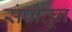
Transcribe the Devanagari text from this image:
संपातून